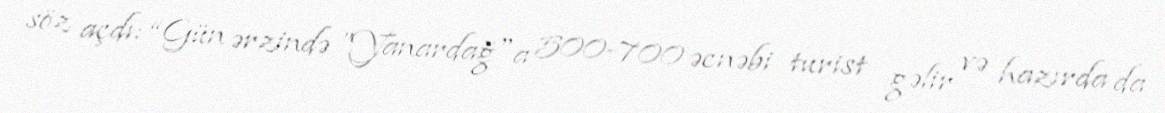
söz açdı: “Gün ərzində ”Yanardağ"a 500-700 əcnəbi turist gəlir və hazırda da